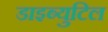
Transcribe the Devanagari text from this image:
डाइब्युटिल